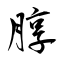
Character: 朜